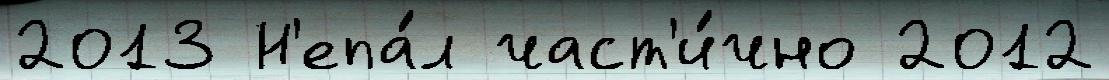
2013 Н'епа́л част'и́чно 2012